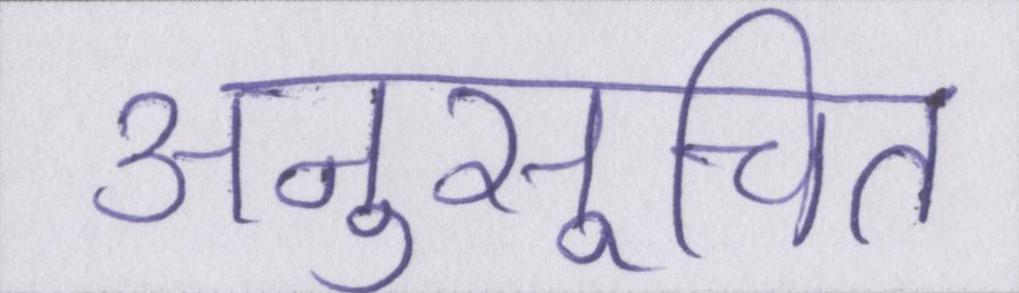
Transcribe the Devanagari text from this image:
अनुसूचित